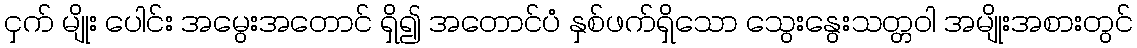
ငှက် မျိုး ပေါင်း အမွေးအတောင် ရှိ၍ အတောင်ပံ နှစ်ဖက်ရှိသော သွေးနွေးသတ္တဝါ အမျိုးအစားတွင်